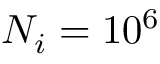
N _ { i } = 1 0 ^ { 6 }